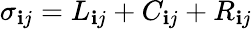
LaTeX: \sigma_{\mathbf{i}j}=L_{\mathbf{i}j}+C_{\mathbf{i}j}+R_{\mathbf{i}j}